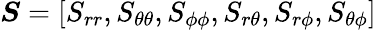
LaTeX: \boldsymbol{S}=\left[S_{rr},S_{\theta\theta},S_{\phi\phi},S_{r\theta},S_{r\phi},S_{\theta\phi}\right]